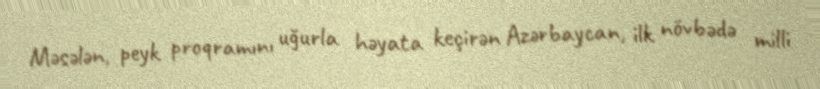
Məsələn, peyk proqramını uğurla həyata keçirən Azərbaycan, ilk növbədə milli